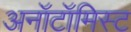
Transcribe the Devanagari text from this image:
अनॉटॉमिस्ट